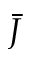
\bar { J }